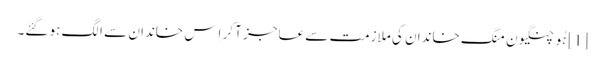
[1] ہُو چنگیون منگ خاندان کی ملازمت سے عاجز آ کر اِس خاندان سے الگ ہو گئے۔